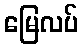
မြေလပ်